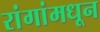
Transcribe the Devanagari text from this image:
रांगांमधून